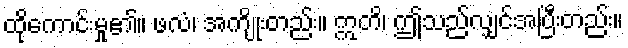
ထိုကောင်းမှု၏။ ဖလံ၊ အကျိုးတည်း။ ဣတိ၊ ဤသည်လျှင်အပြီးတည်း။